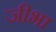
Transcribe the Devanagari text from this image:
जीभा